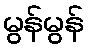
မွန်မွန်